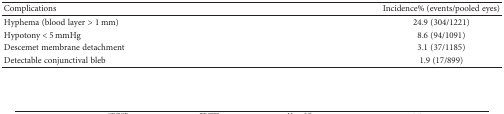
<table><thead><tr><td><b>Complications</b></td><td><b>Incidence% (events/pooled eyes)</b></td></tr></thead><tbody><tr><td>Hyphema (blood layer &gt; 1 mm)</td><td>24.9 (304/1221)</td></tr><tr><td>Hypotony &lt; 5 mmHg</td><td>8.6 (94/1091)</td></tr><tr><td>Descemet membrane detachment</td><td>3.1 (37/1185)</td></tr><tr><td>Detectable conjunctival bleb</td><td>1.9 (17/899)</td></tr></tbody></table>